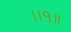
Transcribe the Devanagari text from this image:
।।१॥